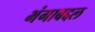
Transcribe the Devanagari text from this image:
भंगाबद्दल